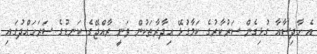
އެ ހާދިސާއާ ގުޅިގެން ސަރުކާރުގެ ކަމާގުޅޭ އިދާރާތަކުން ވަނީ ރާއްޖޭގެ ކަނޑުގެ ސަރަހައްދުގައި